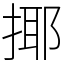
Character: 揶